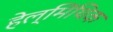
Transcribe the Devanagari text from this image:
हेल्मिंथिक